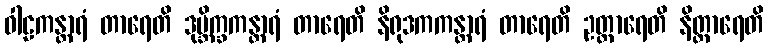
ဝါဠကန္တာရံ တာရေတိ ဒုဗ္ဘိက္ခကန္တာရံ တာရေတိ နိရုဒကကန္တာရံ တာရေတိ ဥတ္တာရေတိ နိတ္တာရေတိ